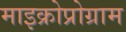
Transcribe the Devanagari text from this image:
माइक्रोप्रोग्राम